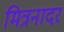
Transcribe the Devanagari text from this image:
मित्रनादर